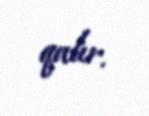
qalır.